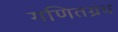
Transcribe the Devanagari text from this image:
गणितग्रंथ